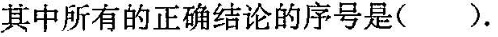
其中所有的正确结论的序号是( ).